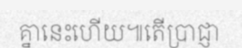
គ្នានេះហើយ៕តើប្រាជ្ញា